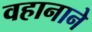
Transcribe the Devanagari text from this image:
वहानाने